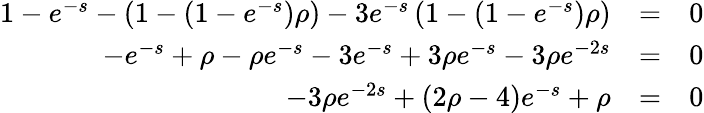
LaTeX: \begin{array}{rlr}{1-e^{-s}-\left(1-(1-e^{-s})\rho\right)-3e^{-s}\left(1-(1-e^{-s})\rho\right)}&{=}&{0}\\ {-e^{-s}+\rho-\rho e^{-s}-3e^{-s}+3\rho e^{-s}-3\rho e^{-2s}}&{=}&{0}\\ {-3\rho e^{-2s}+\left(2\rho-4\right)e^{-s}+\rho}&{=}&{0}\end{array}